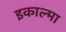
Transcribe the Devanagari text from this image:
इकाल्मा